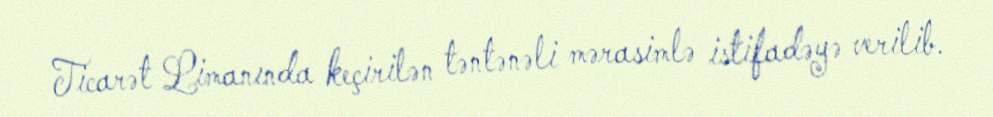
Ticarət Limanında keçirilən təntənəli mərasimlə istifadəyə verilib.